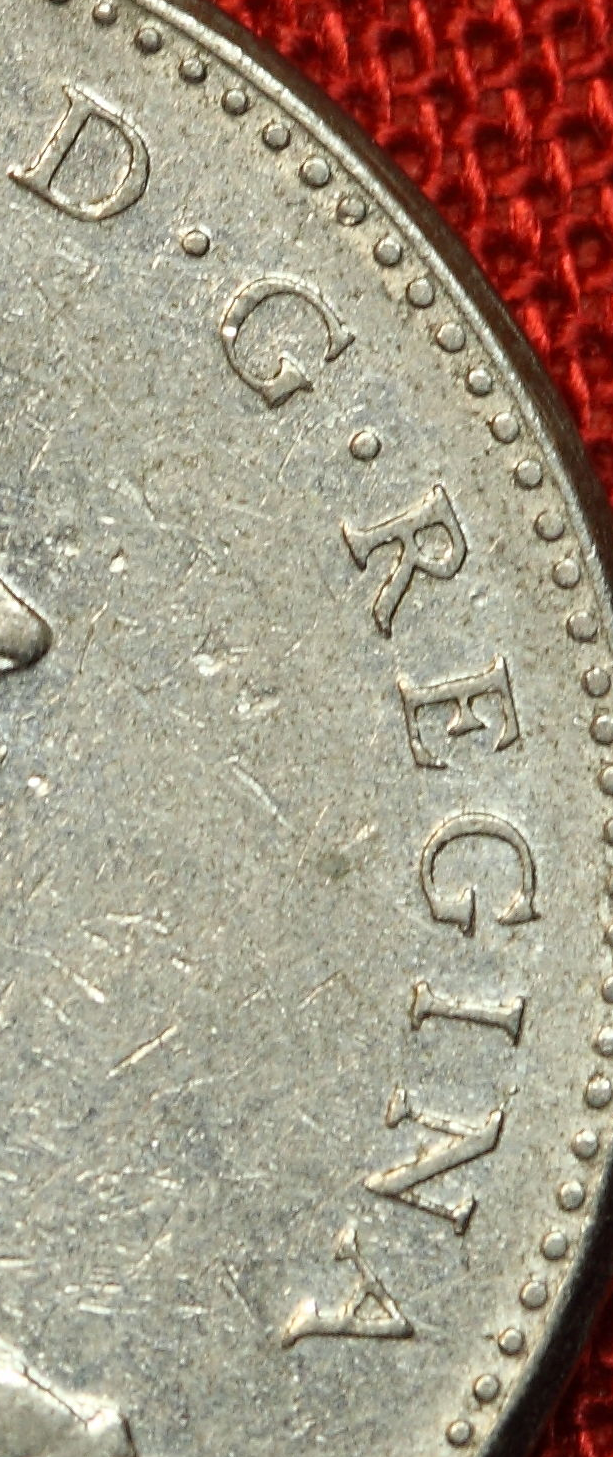
D.G.REGINA